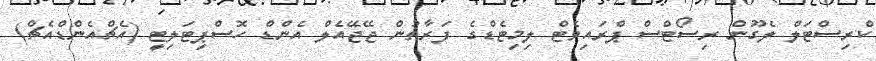
ކްރިސްޓަލް ލެގޫން ރިސޯޓްސް ޕްރައިވެޓް ލިމިޓެޑްގެ ފަރާތުން ޖޭޖޭއެލް އެންޑް ހޮސްޕިޓަލިޓީ (އެޗްއެންޑްއެޗް)